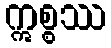
ဣစ္စဿ